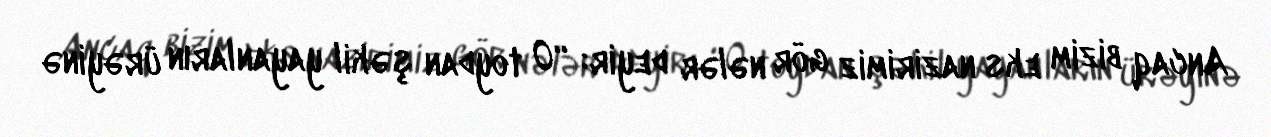
Ancaq bizim eks nazirimiz gör nələr deyir: “O toydan şəkil yayanların ürəyinə